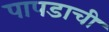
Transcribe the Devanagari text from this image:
पापडाची